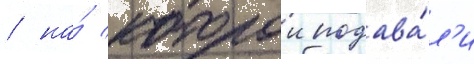
/ на́ которои подава́л'и